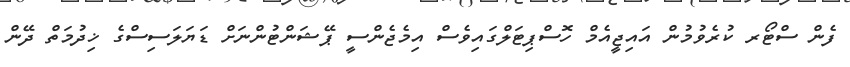
ފެން ސްޓޯރ ކުރެވުމުން އައިޖީއެމް ހޮސްޕިޓަލްގައިވެސް އިމެޖެންސީ ޕޭޝަންޓުންނަށް ޑަޔަލަސިސްގެ ޚިދުމަތް ދޭން